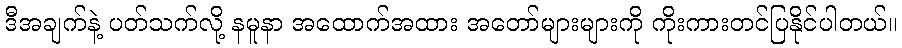
ဒီအချက်နဲ့ ပတ်သက်လို့ နမူနာ အထောက်အထား အတော်များများကို ကိုးကားတင်ပြနိုင်ပါတယ်။